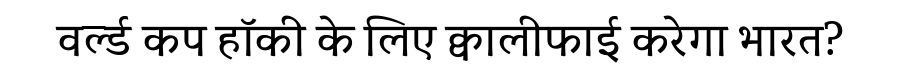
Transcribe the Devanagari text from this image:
वर्ल्ड कप हॉकी के लिए क्वालीफाई करेगा भारत?